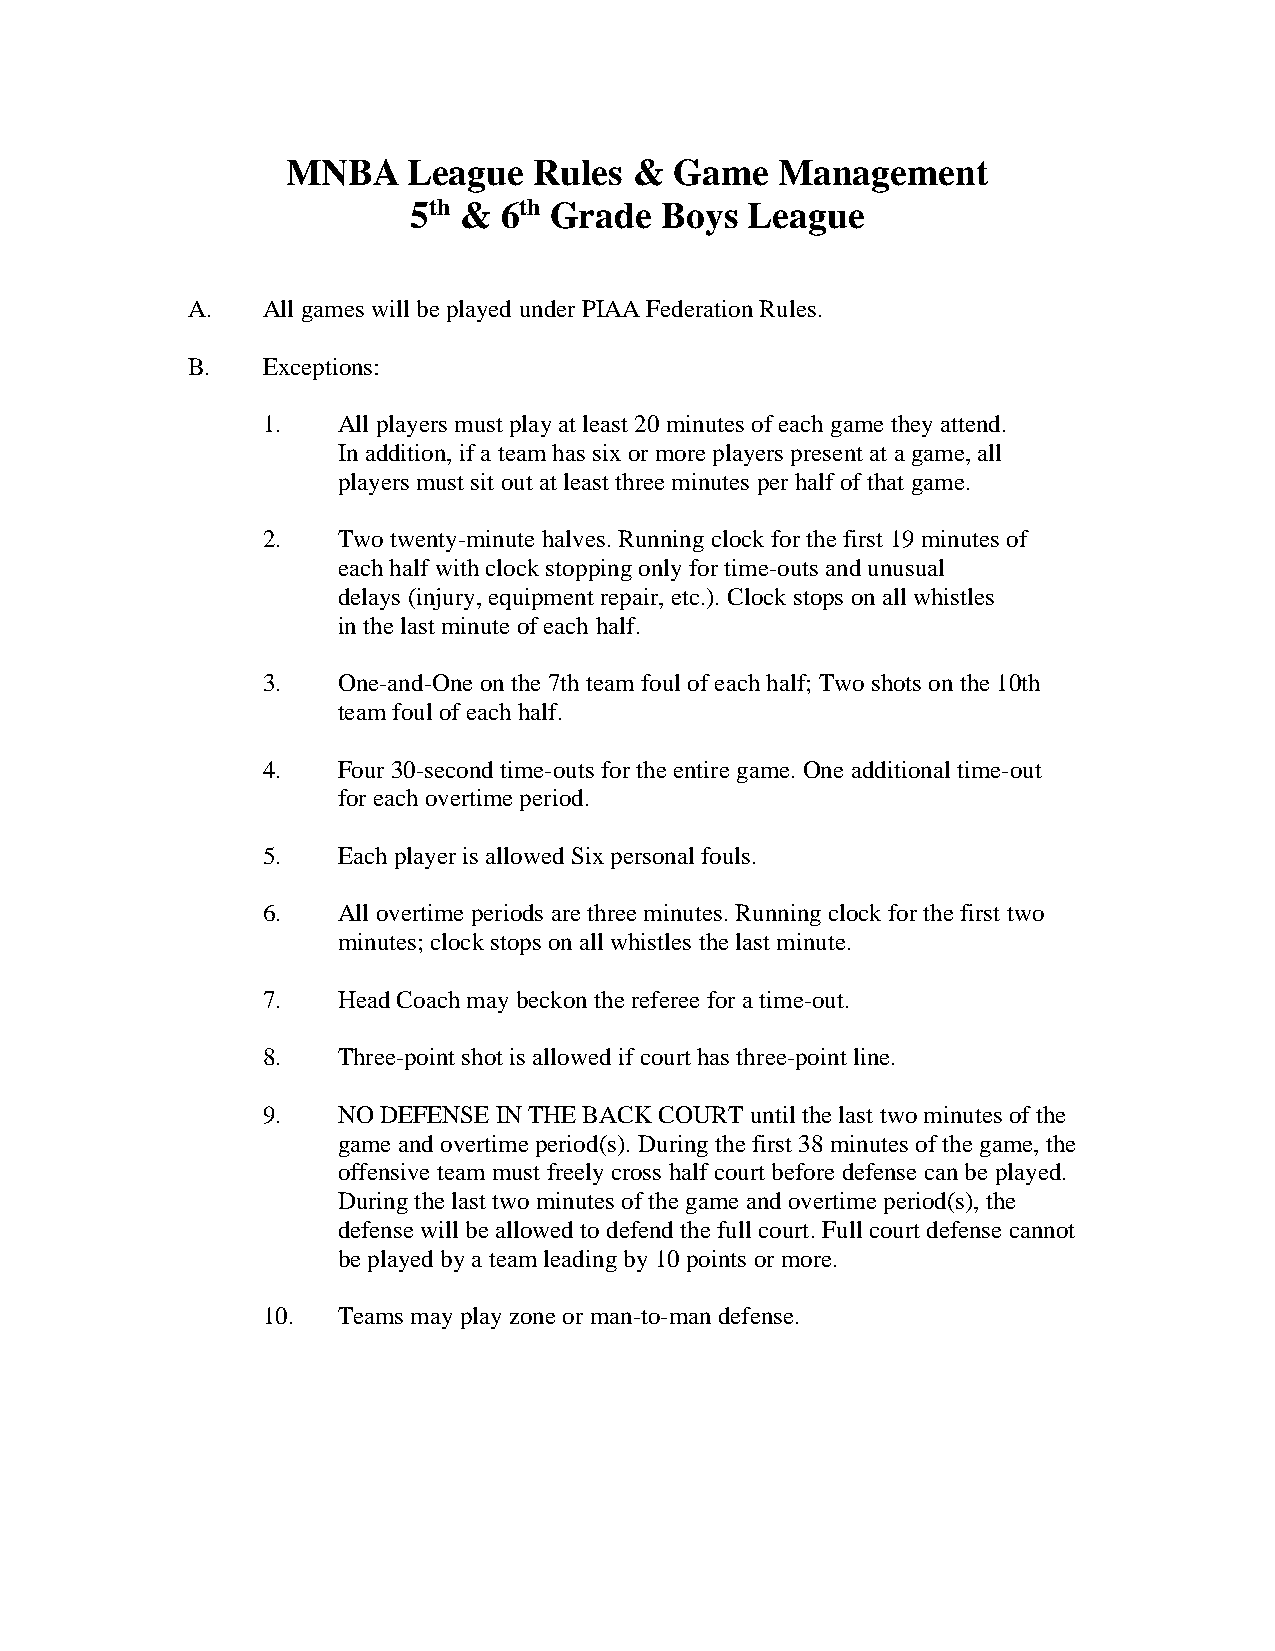
MNBA    League  Rules  &  Game   Management
 5th & 6th Grade  Boys  League
 A.   All games will be played under PIAA Federation Rules.
 B.   Exceptions:
 1.   All players must play at least 20 minutes of each game they attend.
 In addition, if a team has six or more players present at a game, all
 players must sit out at least three minutes per half of that game.
 2.   Two twenty-minute halves. Running clock for the first 19 minutes of
 each half with clock stopping only for time-outs and unusual
 delays (injury, equipment repair, etc.). Clock stops on all whistles
 in the last minute of each half.
 3.   One-and-One on the 7th team foul of each half; Two shots on the 10th
 team foul of each half.
 4.   Four 30-second time-outs for the entire game. One additional time-out
 for each overtime period.
 5.   Each player is allowed Six personal fouls.
 6.   All overtime periods are three minutes. Running clock for the first two
 minutes; clock stops on all whistles the last minute.
 7.   Head Coach may beckon the referee for a time-out.
 8.   Three-point shot is allowed if court has three-point line.
 9.   NO DEFENSE IN THE BACK COURT until the last two minutes of the
 game and overtime period(s). During the first 38 minutes of the game, the
 offensive team must freely cross half court before defense can be played.
 During the last two minutes of the game and overtime period(s), the
 defense will be allowed to defend the full court. Full court defense cannot
 be played by a team leading by 10 points or more.
 10.  Teams may play zone or man-to-man defense.